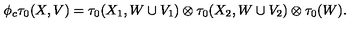
\phi _ { c } \tau _ { 0 } ( X , V ) = \tau _ { 0 } ( X _ { 1 } , W \cup V _ { 1 } ) \otimes \tau _ { 0 } ( X _ { 2 } , W \cup V _ { 2 } ) \otimes \tau _ { 0 } ( W ) .